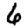
Digit: 6